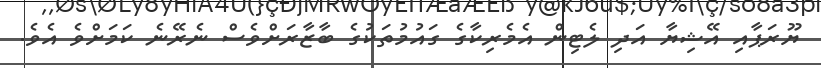
ޔޫރަޕާއި އޭޝިޔާ އަދި ލެޓިން އެމެރިކާގެ ގައުމުތަކުގެ ބާޒާރަށްވެސް ނެރޭނެ ކަމަށްވެ އެވެ.